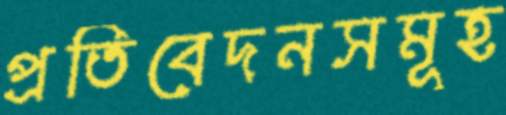
প্রতিবেদনসমূহ